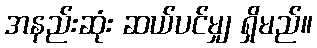
အနည်းဆုံး ဆယ်ပင်မျှ ရှိမည်။